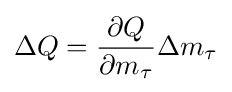
\Delta Q={\frac {\partial Q}{\partial m_{\tau }}}\Delta m_{\tau }